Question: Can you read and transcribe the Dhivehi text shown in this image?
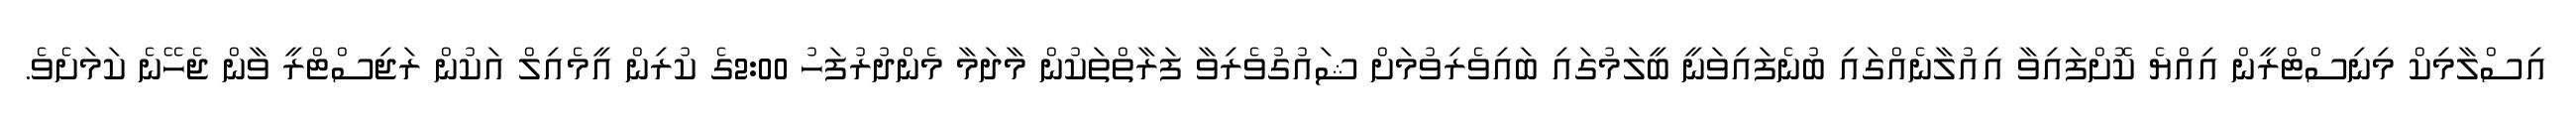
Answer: އިސްލާމިކް މިނިސްޓްރީން އިއްޔެ ކޮށްފައިވާ އިއުލާނެއްގައި ބުނެފައިވަނީ ބީލަމުގައި ބައިވެރިވުމަށް ޝައުގުވެރިވާ ފަރާތްތަކުން މާދަމާ މެންދުރުފަހު 2:00ގެ ކުރިން އީމެއިލް އަކުން ރަޖިސްޓްރީ ވާން ޖެހޭނެ ކަމަށެވެ.